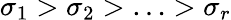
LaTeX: \sigma_{1}>\sigma_{2}>\ldots>\sigma_{r}